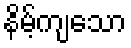
နိမ့်ကျသော